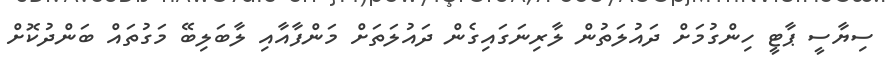
ސިޔާސީ ޕާޓީ ހިންގުމަށް ދައުލަތުން ލާރިނަގައިގެން ދައުލަތަށް މަންފާއާއި ލާބަލިބޭ މަގުތައް ބަންދުކޮށް